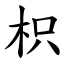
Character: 枳